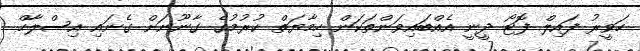
ހަވީރު ފައިލް ފޮޓޯ ދީނީ އެއްބައިވަންތަކަން ހިމާޔަތް ކުރުމުގެ ގާނޫނަށް ގެނައި އިސްލާހް